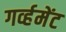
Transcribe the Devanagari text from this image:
गर्व्हमेंट